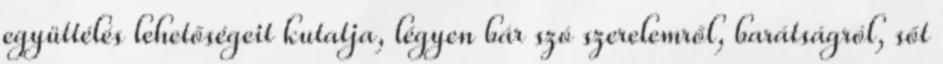
együttélés lehetőségeit kutatja, légyen bár szó szerelemről, barátságról, sőt